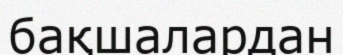
бақшалардан